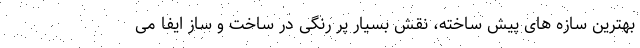
بهترین سازه های پیش ساخته، نقش بسیار پر رنگی در ساخت و ساز ایفا می